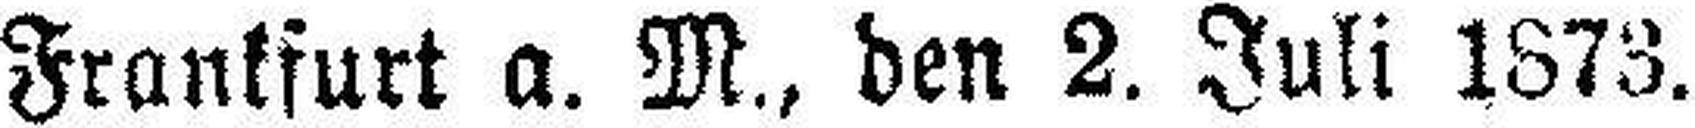
Frankfurt a. M., den 2. Juli 1873.